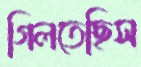
গিলতেছিস